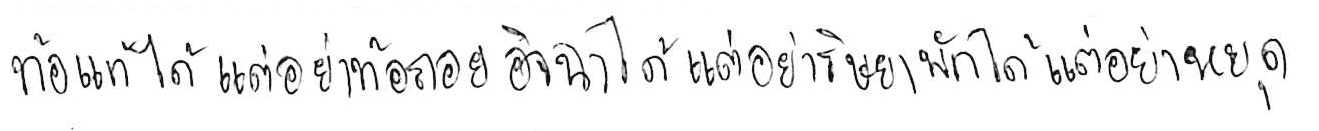
ท้อแท้ได้ แต่อย่าท้อถอย อิจฉาได้ แต่อย่าริษยา พักได้ แต่อย่าหยุด